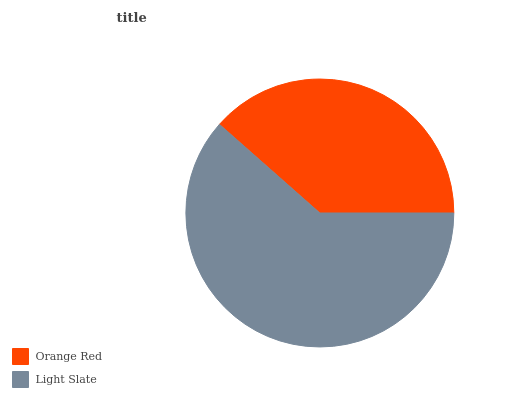
| Orange Red | Light Slate |
 | --- | --- |
 | 38.5% | 61.5% |